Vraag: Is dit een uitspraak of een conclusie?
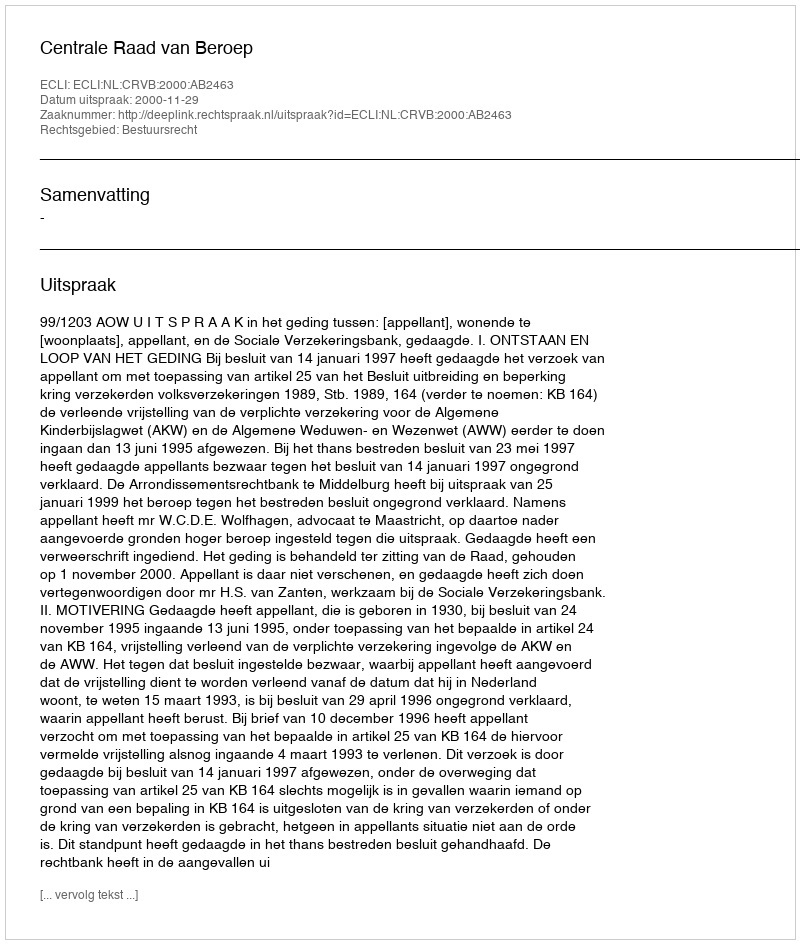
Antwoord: Uitspraak